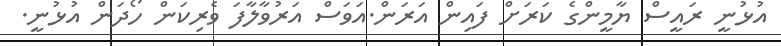
އުޅުނީ ރައީސް ޔާމީންގެ ކަރަށް ފައިން އަރަން.އަވަސް އަރުވާލާފަ ވެރިކަން ހޯދަން އުޅުނީ.